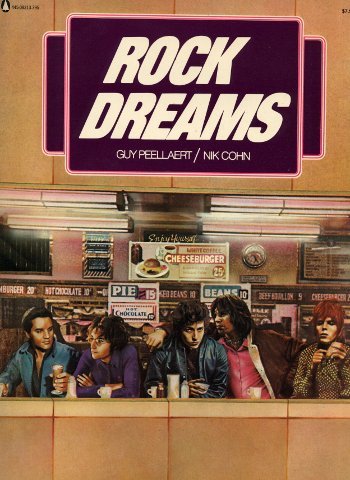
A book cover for Rock dreams; Guy Peellaert; Cookbooks, Food & Wine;